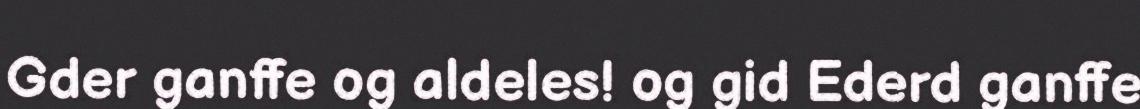
Gder ganffe og aldeles! og gid Ederd ganffe